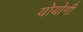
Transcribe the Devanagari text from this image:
योयोगी